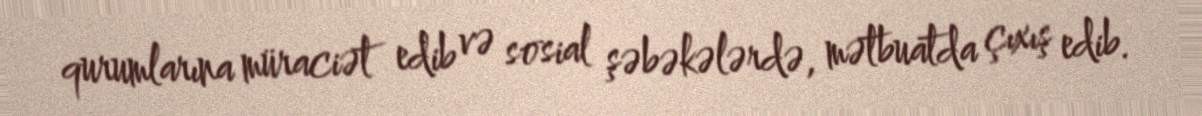
qurumlarına müraciət edib və sosial şəbəkələrdə, mətbuatda çıxış edib.